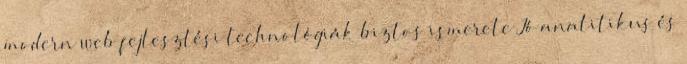
modern web fejlesztési technológiák biztos ismerete Jó analitikus és